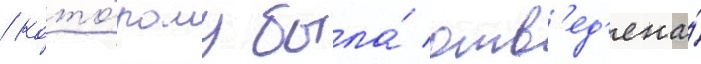
/ кото́рому была́ отв'ед'ена́